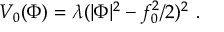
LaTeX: V _ { 0 } ( \Phi ) = \lambda ( | \Phi | ^ { 2 } - f _ { 0 } ^ { 2 } / 2 ) ^ { 2 } \ .